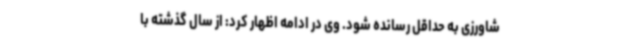
شاورزی به حداقل رسانده شود. وی در ادامه اظهار کرد: از سال گذشته با